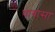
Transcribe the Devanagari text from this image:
थावासा